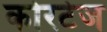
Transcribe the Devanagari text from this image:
कोरटेज